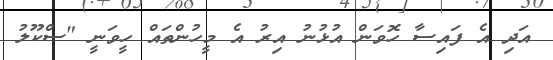
އަދި އެ ފައިސާ ހޮވަން އުޅުނު އިރު އެ މީހުންތައް ހީވަނީ "ސްކޫލު